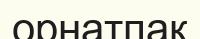
орнатпақ